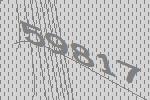
59817